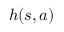
h ( s , a )